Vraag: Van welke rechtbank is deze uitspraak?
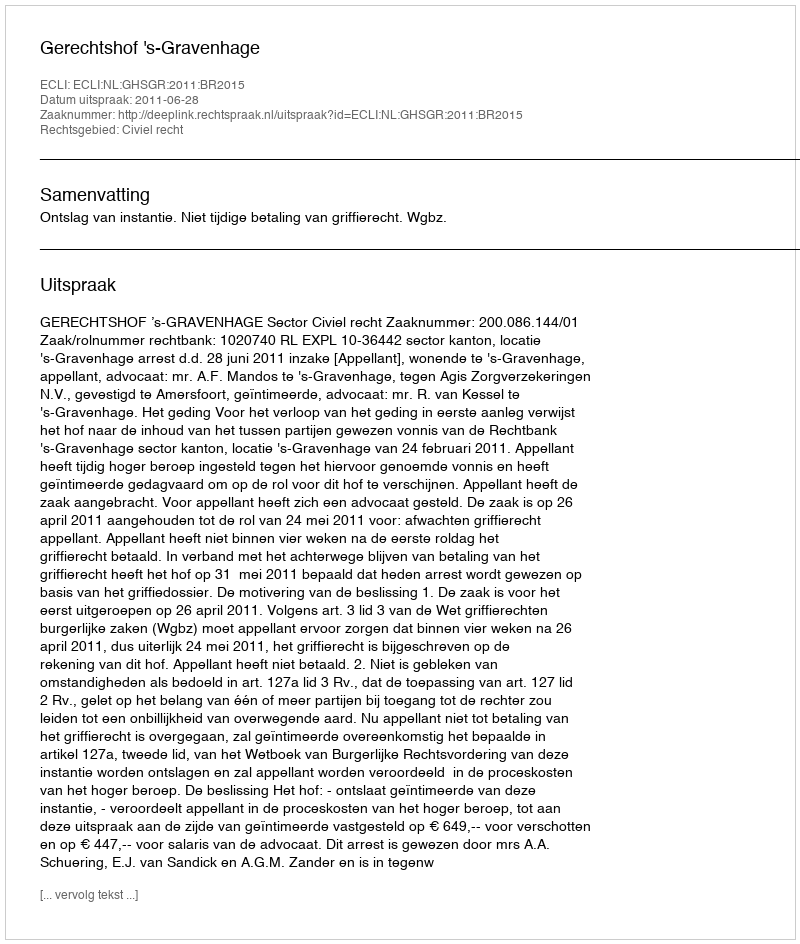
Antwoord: Gerechtshof 's-Gravenhage